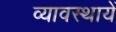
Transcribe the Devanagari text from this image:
व्यावस्थायें